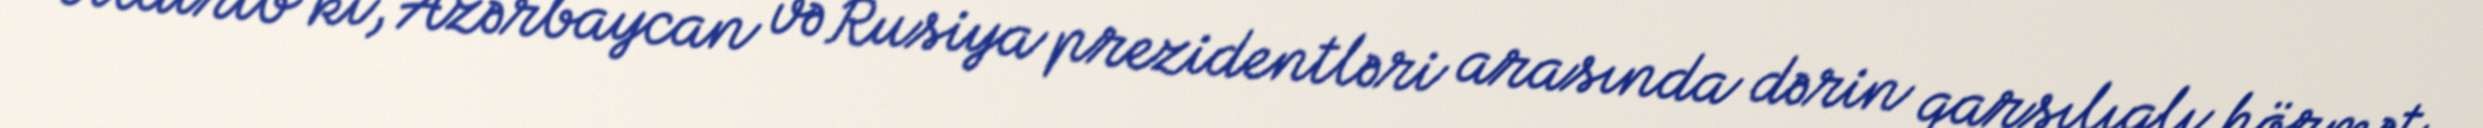
bildirib ki, Azərbaycan və Rusiya prezidentləri arasında dərin qarşılıqlı hörmət